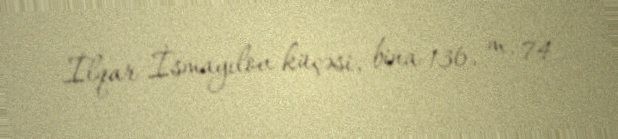
İlqar İsmayılov küçəsi, bina 136, m. 74